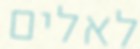
לאלים